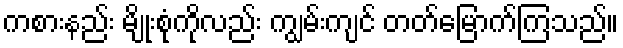
ကစားနည်း မျိုးစုံကိုလည်း ကျွမ်းကျင် တတ်မြောက်ကြသည်။